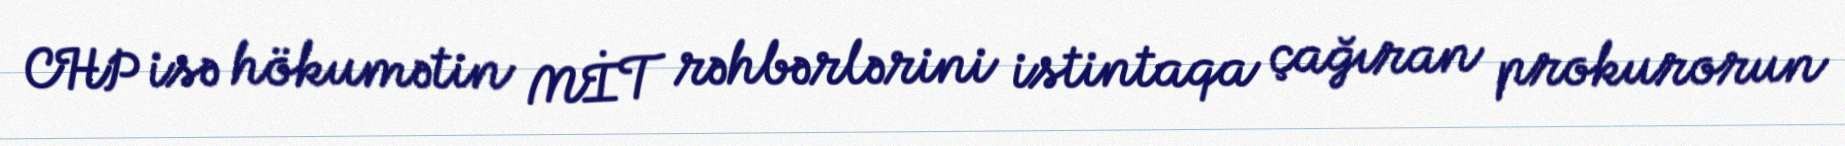
CHP isə hökumətin MİT rəhbərlərini istintaqa çağıran prokurorun